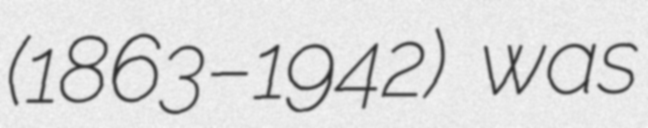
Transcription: (1863–1942) was